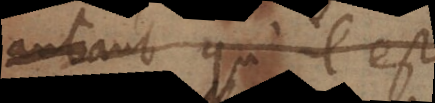
autant qu’il est